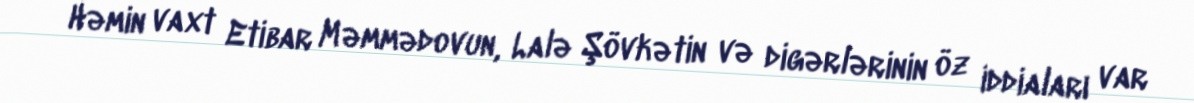
Həmin vaxt Etibar Məmmədovun, Lalə Şövkətin və digərlərinin öz iddiaları var